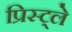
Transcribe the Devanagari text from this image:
प्रिस्ट्ले